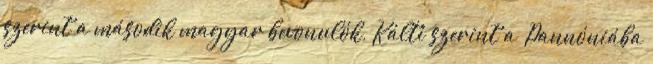
szerint a második magyar bevonulók, Kálti szerint a „Pannóniába